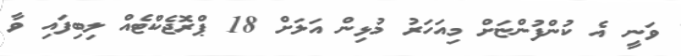
ވަނީ އެ ކުންފުންޏަށް މިއަހަރު މުޅިން އަލަށް 18 ޕްރޮޖެކްޓެއް ލިބިފައި ވާ